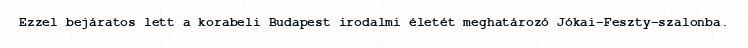
Ezzel bejáratos lett a korabeli Budapest irodalmi életét meghatározó Jókai–Feszty-szalonba.